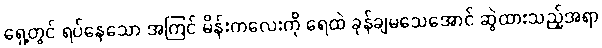
ရှေ့တွင် ရပ်နေသော အကြင် မိန်းကလေးကို ရေထဲ ခုန်ချမသေအောင် ဆွဲထားသည့်အရာ